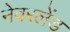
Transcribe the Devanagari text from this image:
नेवरलेंड